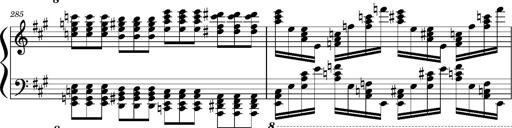
Title: Concerto sans orchestre, S.524a
Composer: Franz Liszt
Key: A major